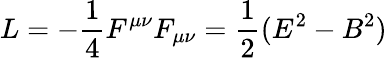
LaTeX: L=-\frac{1}{4}F^{\mu\nu}F_{\mu\nu}=\frac{1}{2}(E^{2}-B^{2})